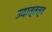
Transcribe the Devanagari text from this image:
उदात्तत्व